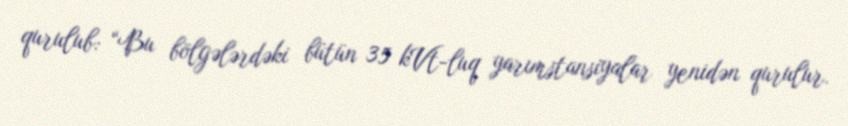
qurulub: “Bu bölgələrdəki bütün 35 kVt-luq yarımstansiyalar yenidən qurulur.